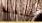
لنتفقد